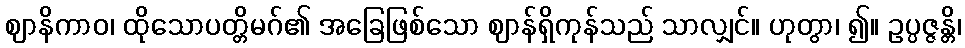
ဈာနိကာဝ၊ ထိုသောပတ္တိမဂ်၏ အခြေဖြစ်သော ဈာန်ရှိကုန်သည် သာလျှင်။ ဟုတွာ၊ ၍။ ဥပ္ပဇ္ဇန္တိ၊